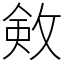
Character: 㪘